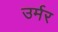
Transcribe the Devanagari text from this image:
उर्मर